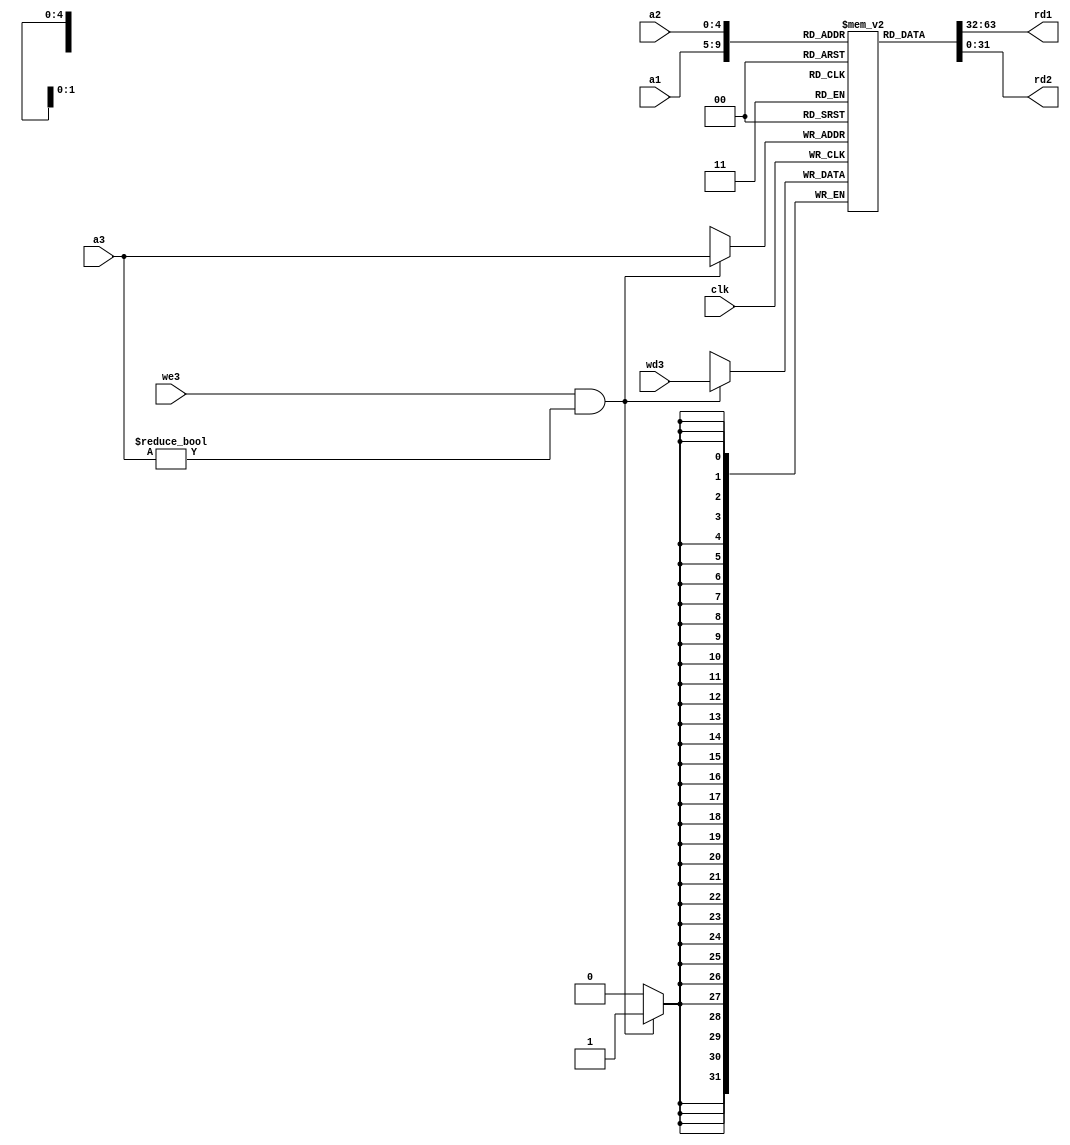
// Coder:           David Adrian Michel Torres, Eduardo Ethandrake Castillo Pulido
// Module name:	  register_file
// Project Name:	  risc_v_top
// Description:	  Register file that contains registers data

module register_file (
	//inputs
	input clk, we3,
	input [4:0] a1, a2, a3,
	input [31:0] wd3,
	//Just used for signal tap
	//output [31:0] register_ra, register_sp, register_a0, register_a1,
	//Finish 
	//outputs
	output [31:0] rd1, rd2
);

//Declare our memory
reg [31:0] registers [0:31];

//Syncronus write to registers
always @(posedge clk) begin
	if(we3 && a3!=5'h0) begin
		registers[a3] <= wd3;
	end
end

//Initialize registers
initial begin
	registers[0] <= 32'h0;
	registers[1] <= 32'h0;
	registers[2] <= 32'h7fffefe4;
	registers[3] <= 32'h0;
	registers[4] <= 32'h0;
	registers[5] <= 32'h0;
	registers[6] <= 32'h0;
	registers[7] <= 32'h0;
	registers[8] <= 32'h0;
	registers[9] <= 32'h0;
	registers[10] <= 32'h0;
	registers[11] <= 32'h0;
	registers[12] <= 32'h0;
	registers[13] <= 32'h0;
	registers[14] <= 32'h0;
	registers[15] <= 32'h0;
	registers[16] <= 32'h0;
	registers[17] <= 32'h0;
	registers[18] <= 32'h0;
	registers[19] <= 32'h0;
	registers[20] <= 32'h0;
	registers[21] <= 32'h0;
	registers[22] <= 32'h0;
	registers[23] <= 32'h0;
	registers[24] <= 32'h0;
	registers[25] <= 32'h0;
	registers[26] <= 32'h0;
	registers[27] <= 32'h0;
	registers[28] <= 32'h0;
	registers[29] <= 32'h0;
	registers[30] <= 32'h0;
	registers[31] <= 32'h0;
end

//Asyncronus read to registers
assign rd1 = registers[a1];
assign rd2 = registers[a2];

//Just used for signal tap
//assign register_ra = registers[1];
//assign register_sp = registers[2];
//assign register_a0 = registers[10];
//assign register_a1 = registers[12];
//finish

endmodule